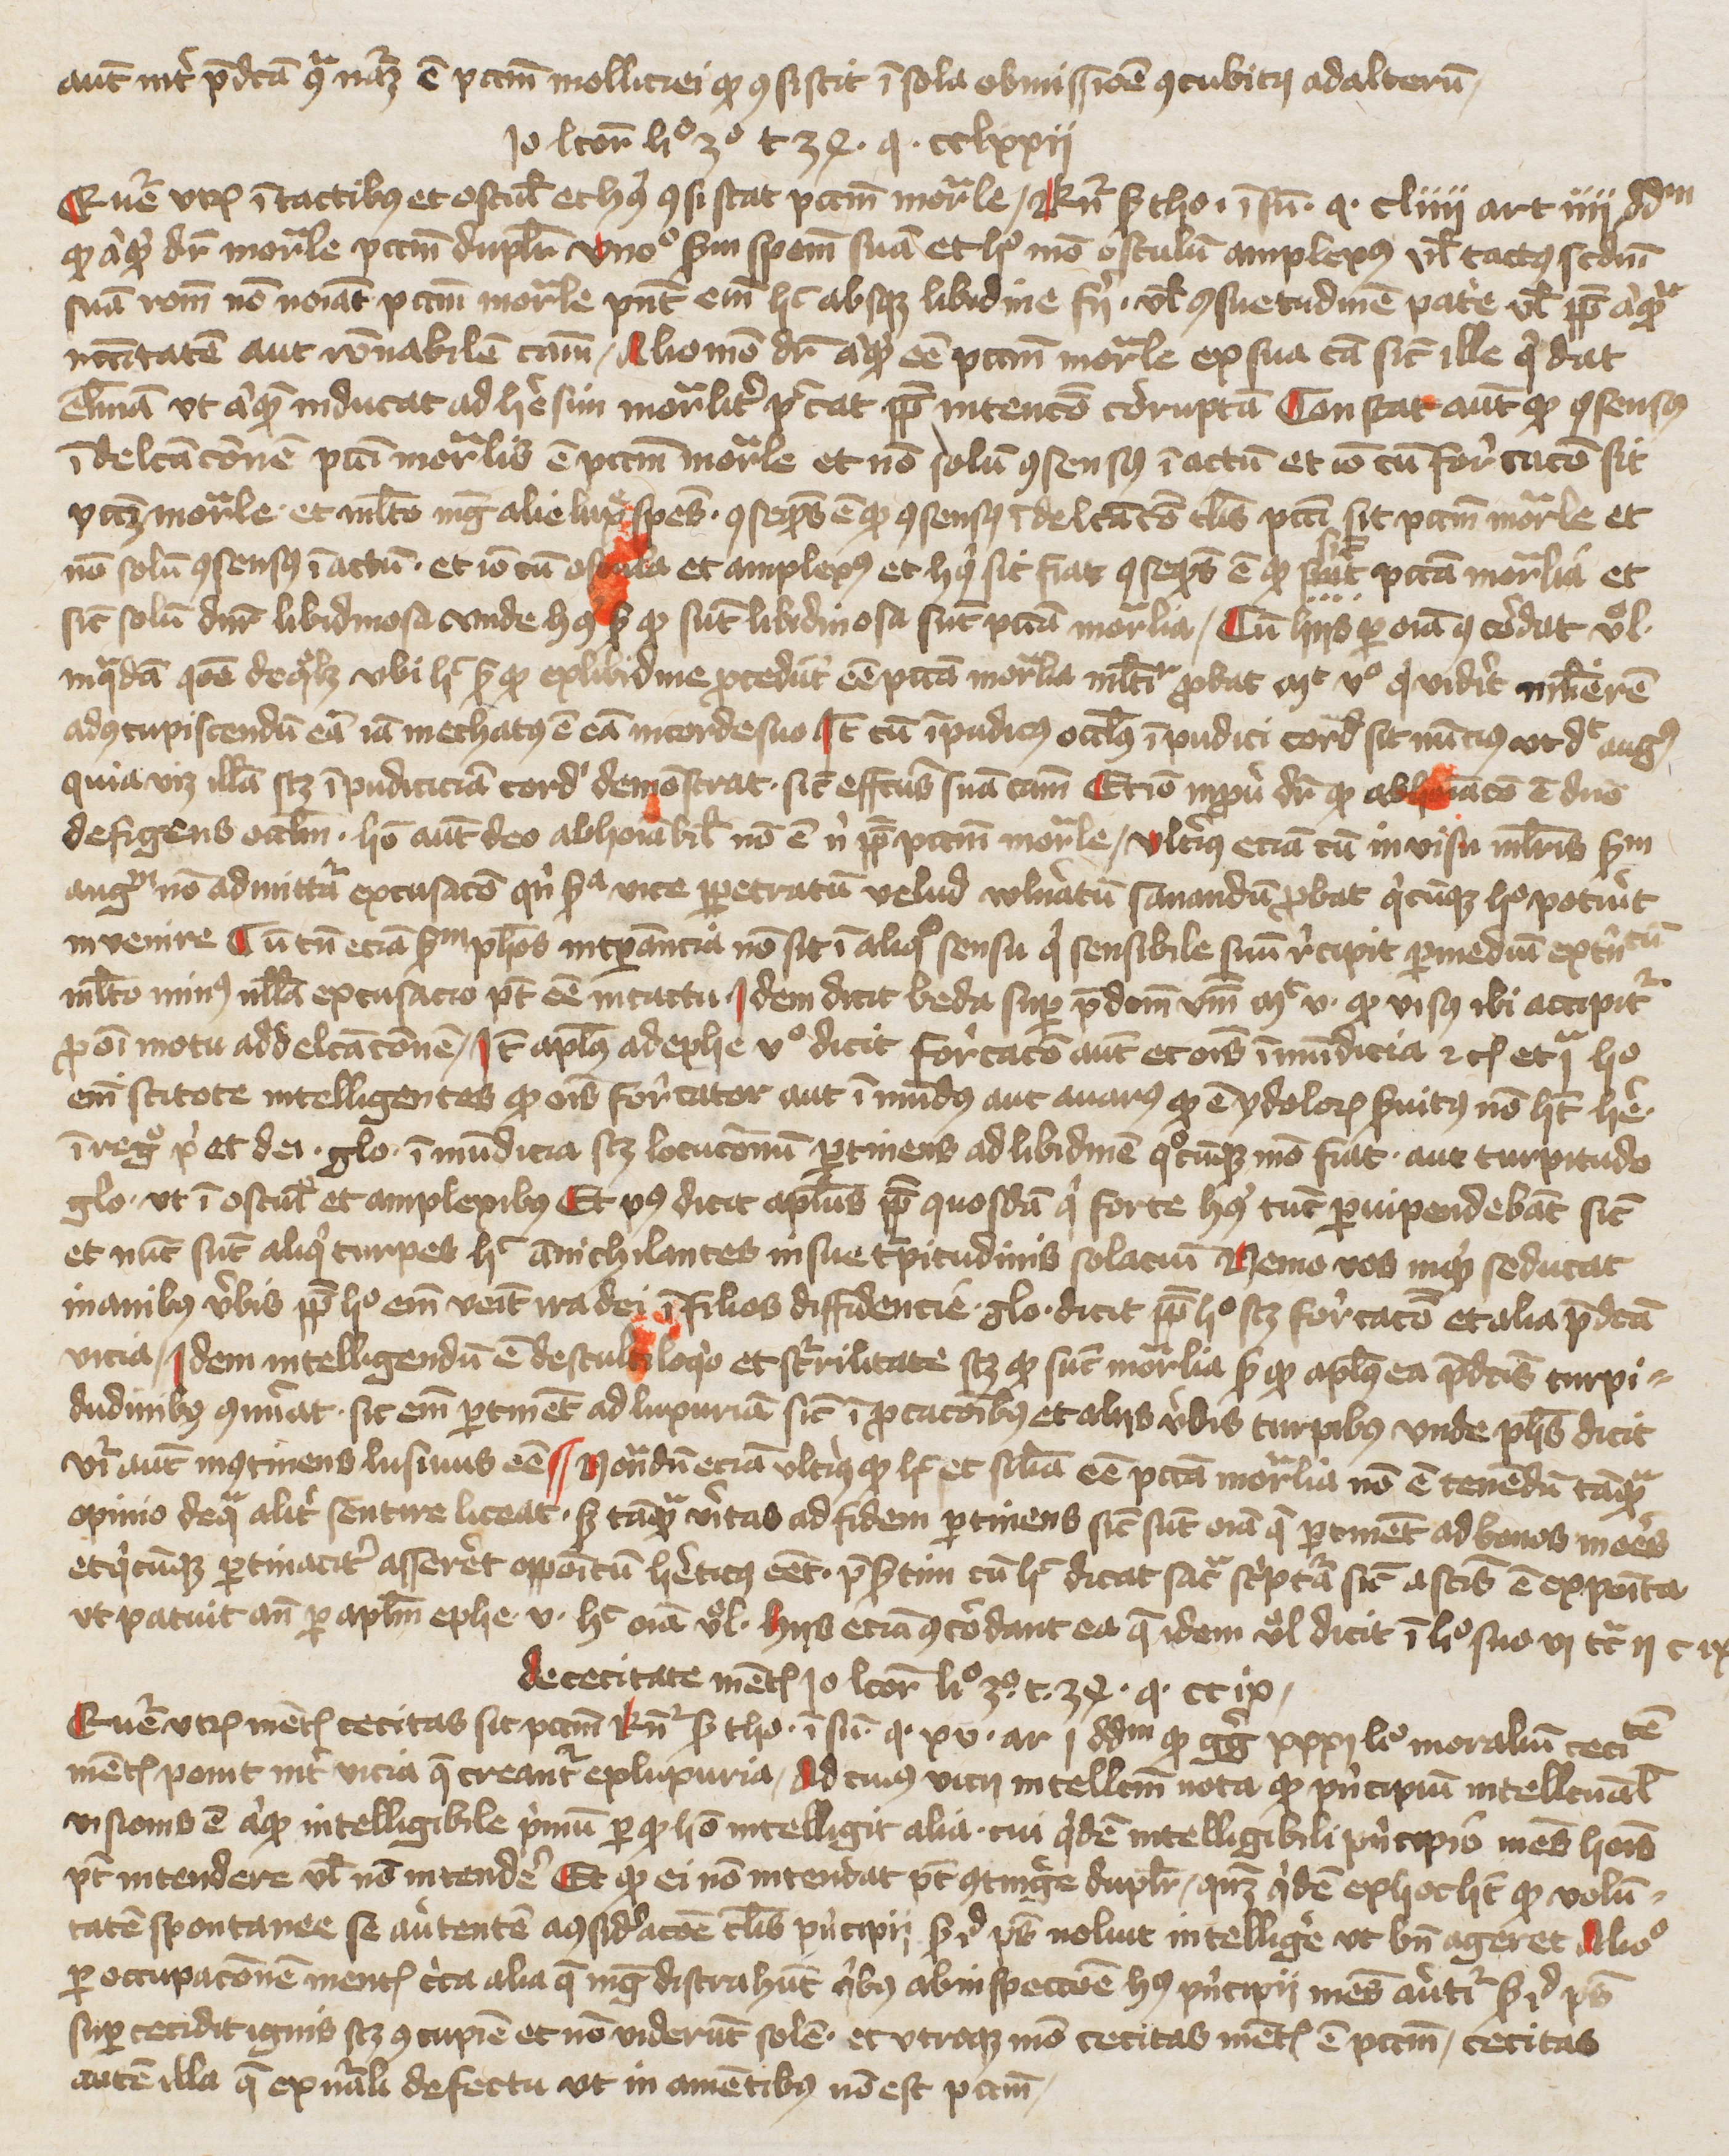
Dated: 1400–1449